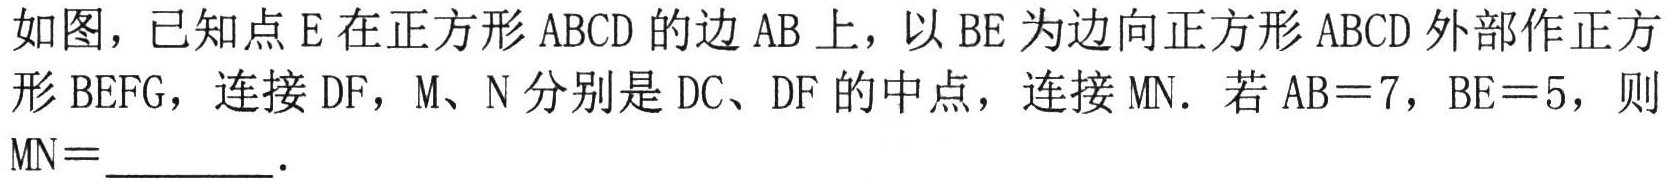
如图，已知点\(E\)在正方形\(ABCD\)的边\(AB\)上，以\(BE\)为边向正方形\(ABCD\)外部作正方形\(BEFG\)，连接\(DF\)，\(M\)、\(N\)分别是\(DC\)、\(DF\)的中点，连接\(MN\)。若\(AB = 7\)，\(BE = 5\)，则\(MN=\underline{\quad\quad}\)。